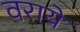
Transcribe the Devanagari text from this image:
वराये